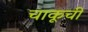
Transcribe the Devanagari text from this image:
चाकूची